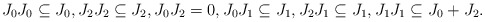
\begin{align*}J_0J_0 \subseteq J_0, J_2J_2 \subseteq J_2, J_0J_2 = 0, J_0J_1 \subseteq J_1, J_2J_1 \subseteq J_1, J_1J_1 \subseteq J_0 + J_2.\end{align*}